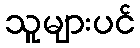
သူများပင်